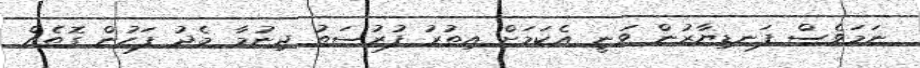
ނަމަވެސް ފަނޑިޔާރުން ވަނީ އެކަމަށް އިތުރު ފުރުސަތު ދިނުމާ މެދު ފަހުން ގޮތެއް